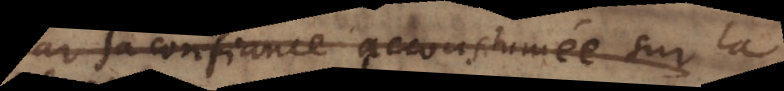
par sa confiance accoustumée sur la